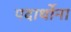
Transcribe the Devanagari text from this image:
पदार्थोना